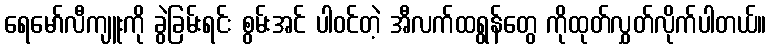
ရေမော်လီကျူးကို ခွဲခြမ်းရင်း စွမ်းအင် ပါဝင်တဲ့ အီလက်ထရွန်တွေ ကိုထုတ်လွှတ်လိုက်ပါတယ်။